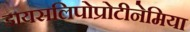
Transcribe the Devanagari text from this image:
डायसलिपोप्रोटीनेमिया